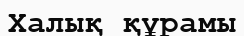
Халық құрамы